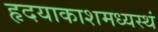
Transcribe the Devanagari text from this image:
हृदयाकाशमध्यस्थं